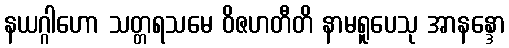
နယဂ္ဂါဟော သတ္တရသမေ ဝိဇဟတီတိ နာမရူပေသု အာနန္ဒော